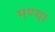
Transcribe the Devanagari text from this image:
मण्या